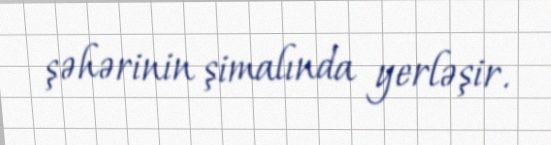
şəhərinin şimalında yerləşir.